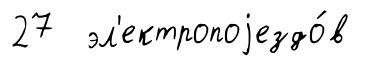
27 эл'ектропоjездо́в